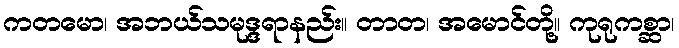
ကတမော၊ အဘယ်သမုဒ္ဒရာနည်း။ တာတ၊ အမောင်တို့။ ကုရုကစ္ဆာ၊